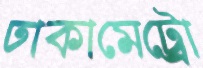
ঢাকামেট্রো